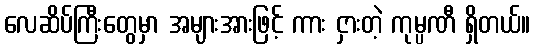
လေဆိပ်ကြီးတွေမှာ အများအားဖြင့် ကား ငှားတဲ့ ကုမ္ပဏီ ရှိတယ်။